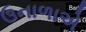
ઉનાળાએ